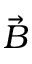
\vec { B }